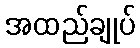
အထည်ချုပ်